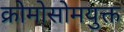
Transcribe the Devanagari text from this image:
क्रोमोसोमयुक्त